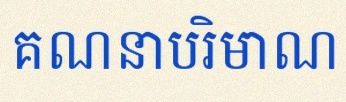
គណនាបរិមាណ